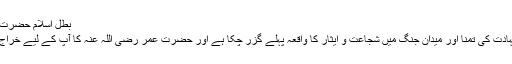
بطل اسلام حضرت ہشام بن عاص رضی اللہ عنہ​
آپ کی مکہ سے روانگی ، شہادت کی تمنا اور میدان جنگ میں شجاعت و ایثار کا واقعہ پہلے گزر چکا ہے اور حضرت عمر رضی اللہ عنہ کا آپ کے لیے خراج تحسین بھی بیان ہو چکا ہے ۔